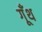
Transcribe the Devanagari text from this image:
गूॅंथ